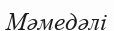
Мәмедәлі